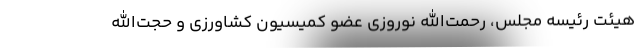
هیئت رئیسه مجلس، رحمت‌الله نوروزی عضو کمیسیون کشاورزی و حجت‌الله